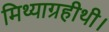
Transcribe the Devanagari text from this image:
मिथ्याग्रहीथी।